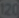
127